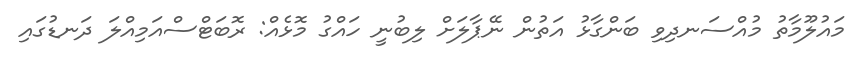
މައުލޫމާތު މުއްސަނދިވި ބަންގާޅު އަތުން ނޭޕާލަށް ލިބުނީ ހައްގު މޮޅެއް: ރޮބަޓްސްއަމިއްލަ ދަނޑުގައި